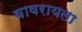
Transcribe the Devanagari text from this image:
वावरायला